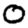
Digit: 0